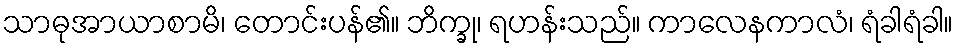
သာဓုအာယာစာမိ၊ တောင်းပန်၏။ ဘိက္ခု၊ ရဟန်းသည်။ ကာလေနကာလံ၊ ရံခါရံခါ။